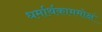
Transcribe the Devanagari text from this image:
धर्मार्थकाममोक्षं